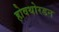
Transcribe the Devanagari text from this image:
होवथोरडन